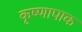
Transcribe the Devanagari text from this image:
कृष्णापाक